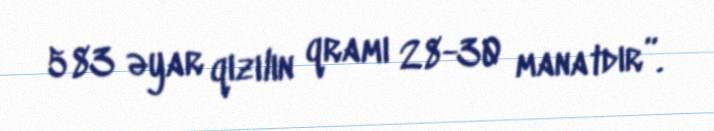
583 əyar qızılın qramı 28-30 manatdır”.